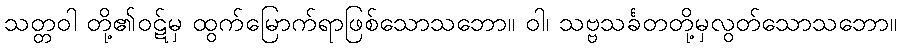
သတ္တဝါ တို့၏ဝဋ်မှ ထွက်မြောက်ရာဖြစ်သောသဘော။ ဝါ၊ သဗ္ဗသင်္ခတတို့မှလွတ်သောသဘော။